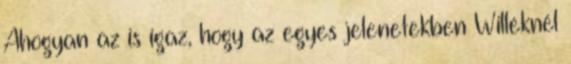
Ahogyan az is igaz, hogy az egyes jelenetekben Willéknél